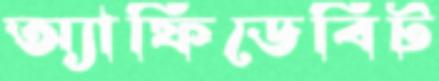
অ্যাফিডেবিট